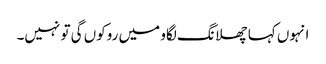
انہوں کہا چھلانگ لگاو میں روکوں گی تو نہیں۔